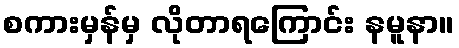
စကားမှန်မှ လိုတာရကြောင်း နမူနာ။